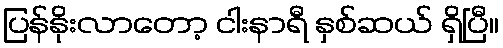
ပြန်နိုးလာတော့ ငါးနာရီ နှစ်ဆယ် ရှိပြီ။